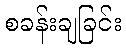
စခန်းချခြင်း